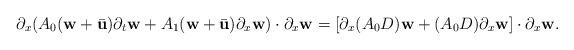
LaTeX: \begin{align*}\partial_{x}(A_{0}(\textbf{w}+\bar{\textbf{u}})\partial_{t}\textbf{w} + A_{1}(\textbf{w}+\bar{\textbf{u}})\partial_{x}\textbf{w}) \cdot \partial_{x}\textbf{w} =[\partial_{x}(A_{0}D)\textbf{w} + (A_{0}D)\partial_{x}\textbf{w}] \cdot \partial_{x}\textbf{w}.\end{align*}